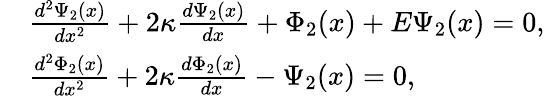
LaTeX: \begin{array}{rl}&{\frac{{{d^{2}}\Psi_{2}(x)}}{{d{x^{2}}}}+2\kappa\frac{{d\Psi_{2}(x)}}{{dx}}+\Phi_{2}(x)+E\Psi_{2}(x)=0,}\\ &{\frac{{{d^{2}}\Phi_{2}(x)}}{{d{x^{2}}}}+2\kappa\frac{{d\Phi_{2}(x)}}{{dx}}-\Psi_{2}(x)=0,}\end{array}